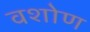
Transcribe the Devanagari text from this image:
वशोण